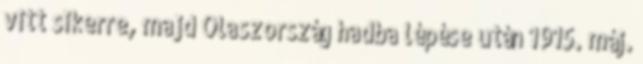
vitt sikerre, majd Olaszország hadba lépése után 1915. máj.